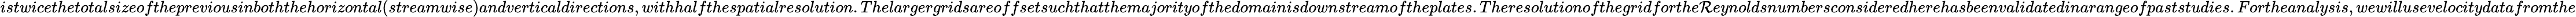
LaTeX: istwicethetotalsizeofthepreviousinboththehorizontal(streamwise)andverticaldirections,withhalfthespatialresolution.Thelargergridsareoffsetsuchthatthemajorityofthedomainisdownstreamoftheplates.Theresolutionofthegridforthe\mathcal{R}eynoldsnumbersconsideredherehasbeenvalidatedinarangeofpaststudies.Fortheanalysis,wewillusevelocitydatafromthe